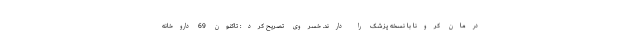
درمان کرونا با نسخه پزشک را دارند. خسروی تصریح کرد: تاکنون 69 داروخانه